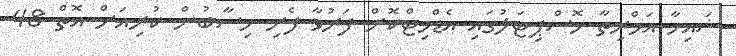
ޝައިހާ އަމްރިތާ ހޮސްޕިޓަލުގައި އެޑްމިޓްކޮށް ފަރުވާ ފެށި ހިސާބުން ކުރިއަށް އޮތް 48